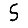
Digit: 5